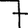
Digit: 7